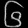
Digit: ၆